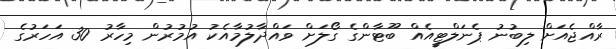
ރާއްޖެއަށް ލިބުނު ޕެނަލްޓީއެއް ބޫޓާންގެ ގޯލަށް ވައްދާލުމާއެކު އުމުރުން މިހާރު 30 އަހަރުގެ